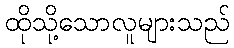
ထိုသို့သောလူများသည်